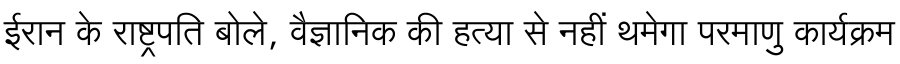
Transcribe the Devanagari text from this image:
ईरान के राष्ट्रपति बोले, वैज्ञानिक की हत्या से नहीं थमेगा परमाणु कार्यक्रम